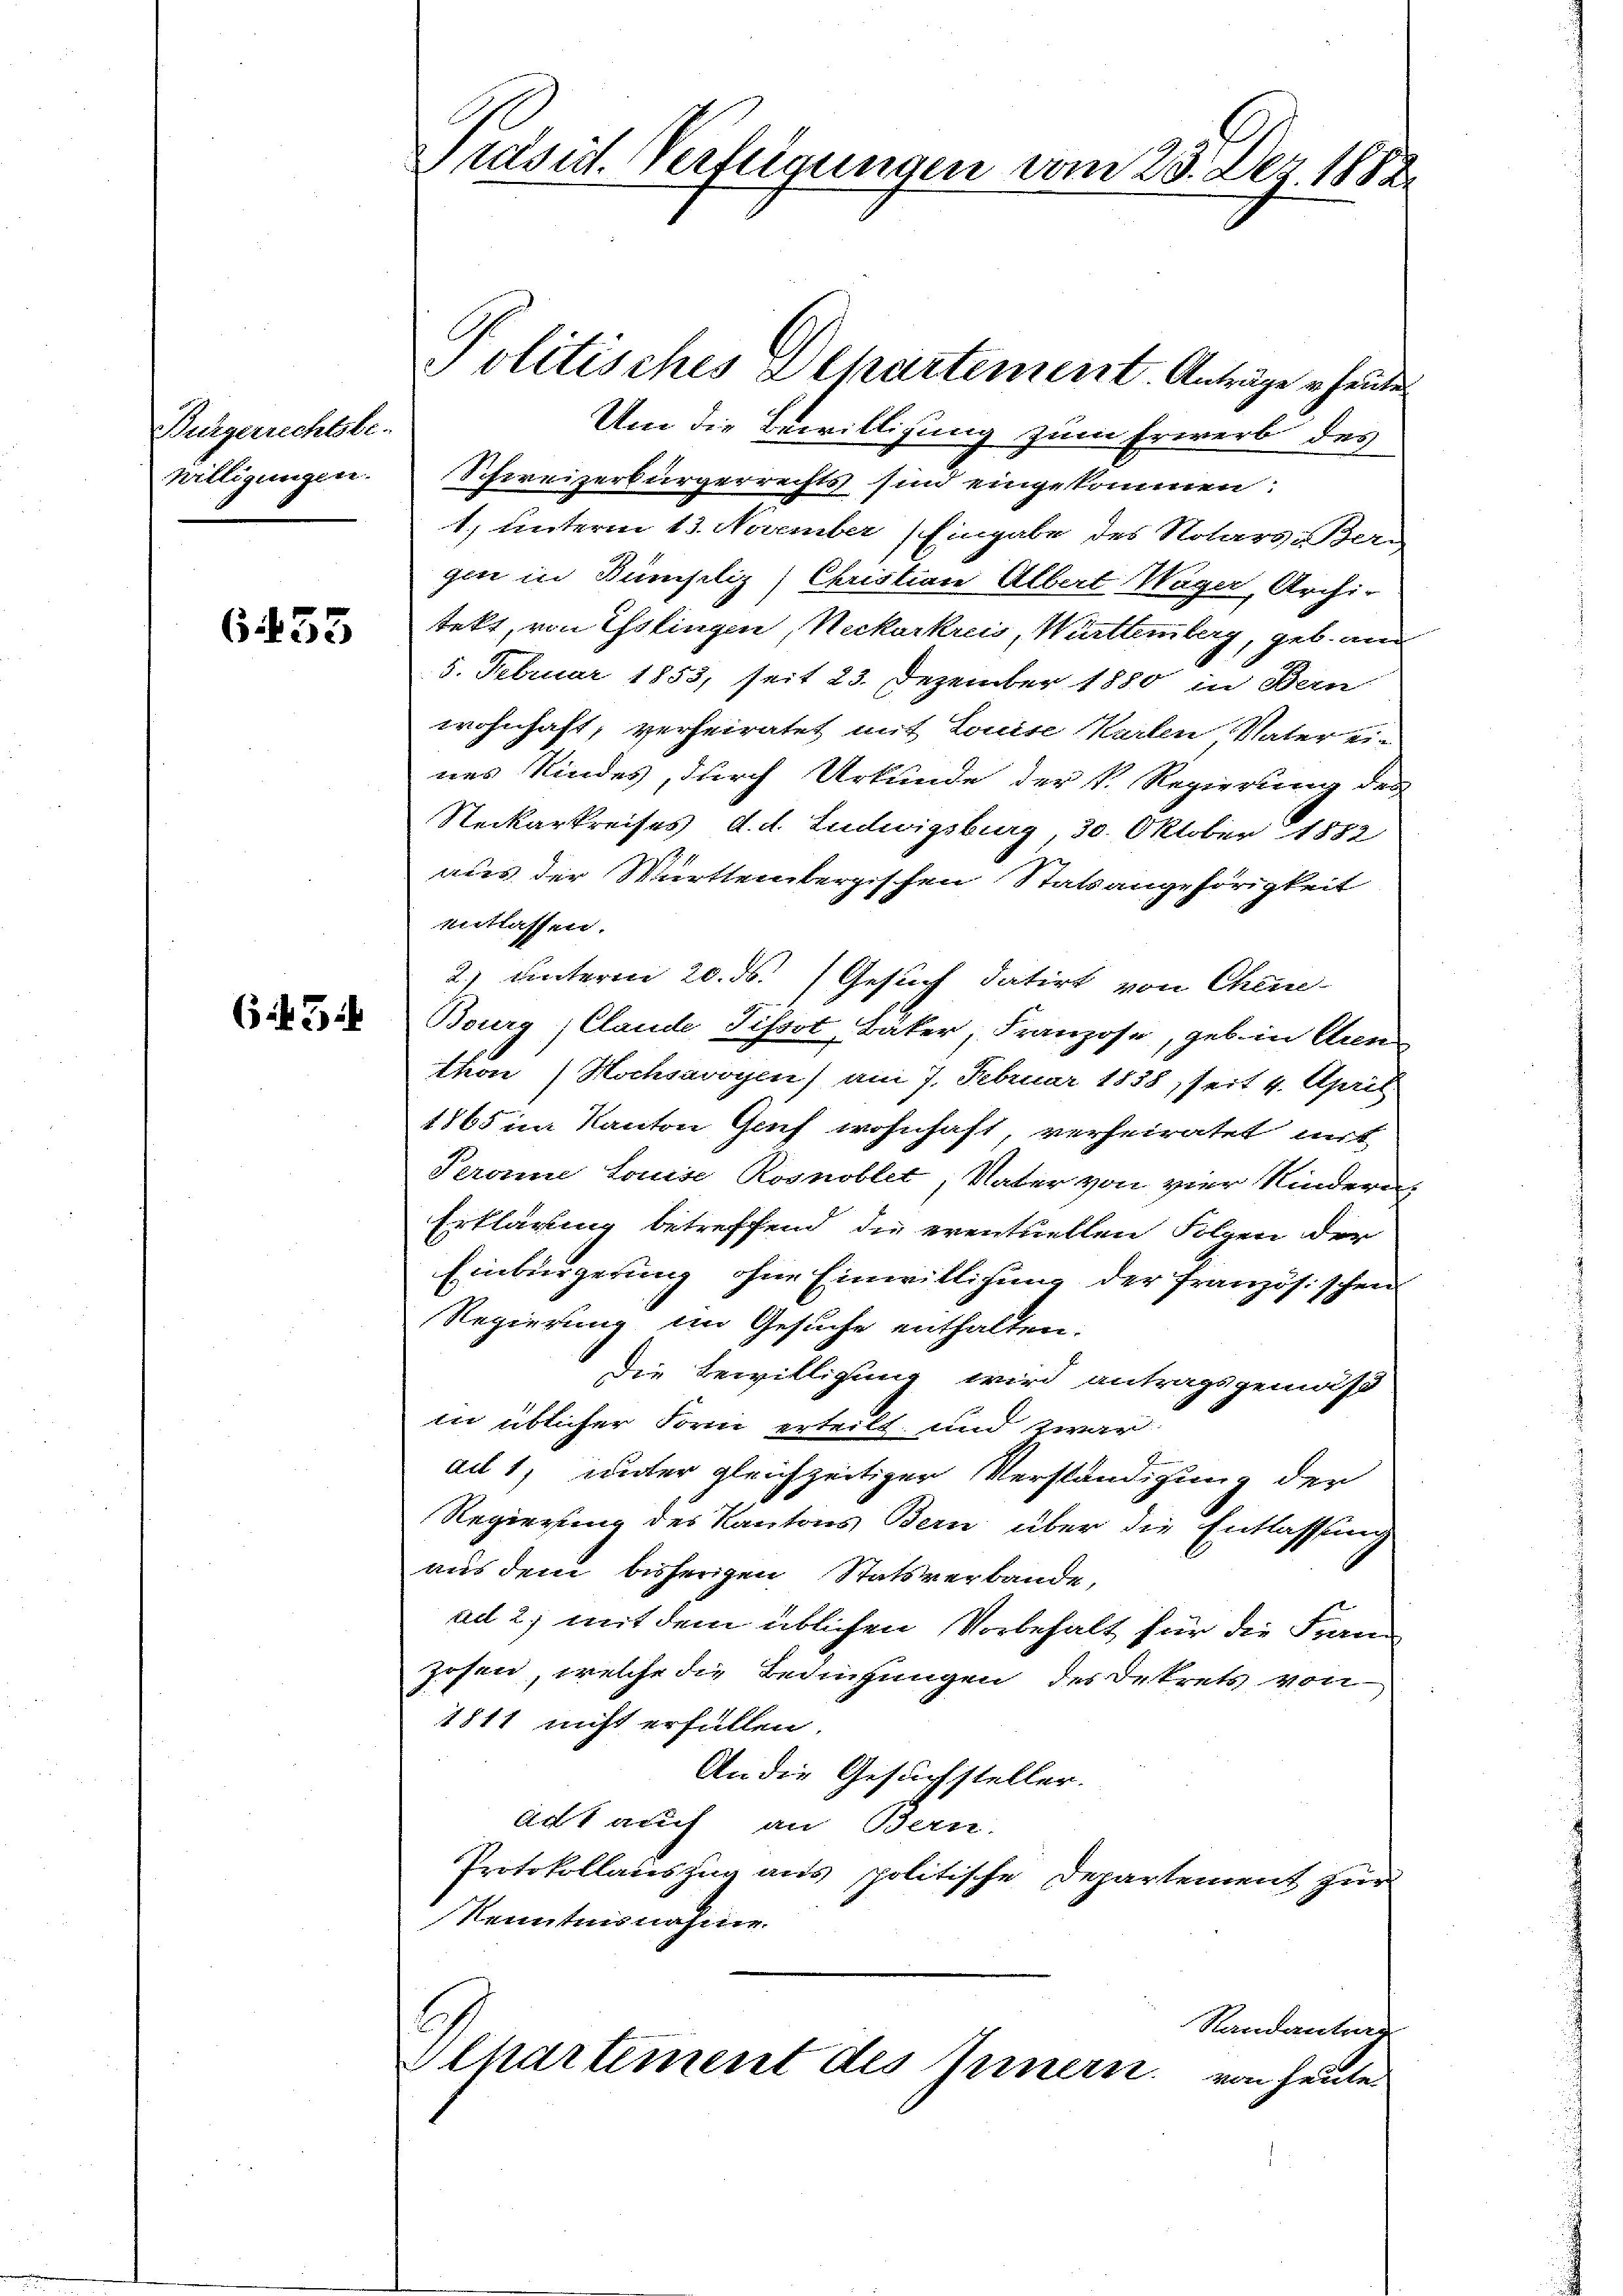
Bürgerrechtsbewilligungen.

6455

645

Präsid. Verfügungen vom 23. Dez. 1882.

Um die Bewilligung zum Erwerb des
Schweizerbürgerrechts sind eingekommen:
1.) unterm 13. November Eingabe des Notars Bern,
gen in Künsiliz (Christian Albert Wager, Archi-
tekt, von Eslingen, Neckarkreis, Württemberg, geb. an
5. Februar 1855, seit 23. Dezember 1880 in Bern
wohnhaft, verheiratet mit Louise Karten Vater ei-
nes Kindes, durch Urkunde der k. Regierung der
Neckarkreises d. d. Ludwigsburg, 30. Oktober 1882
aus der Württembergischen Statsangehörigkeit
entlassen.
2) unterm 20. ds. Gesuch datirt von Chen-
Bourg, Clande Tissot Baker, Franzose, geb. in Arn
Thon Hochsavoyen) am 7. Februar 1858, seit 4. April
1865 im Kanton Genf wohnhaft, verheiratet mit
Peronne Louise Rosnoblet, Vater von vier Kindern
Erklärung betreffend die eventuellen Folgen der
Einbürgerung ohne Einwilligung der französischen
Regierung im Gesuche enthalten.
die Bewilligung wird antragsgemäß
in üblicher Form erteilt, und zwar
ad 1, unter gleichzeitiger Verständigung der
Regierung des Kantons Bern über die Entlassung
aus dem bisherigen Statsverbande.
ad 2., mit dem üblichen Vorbehalt für die Frau
zosen, welche die Bedingungen des Dekrets von
1811 nicht erfüllen
An die Gesuchsteller.
act auch an Bern.
Protokollauszug aus politische Departement zur
Kenntnisnahme.
Randantrag
epartement des Innern. von heute

Politisches & Chartement. Anträge heute